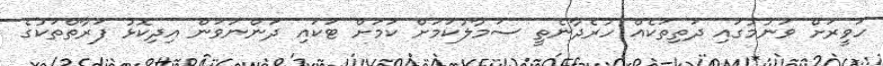
ހަވީރަށް ވަނުމުގައި ދަތިތަކެއް ހުރެދާނެތީ ސަމާލުކަމަށް ކަމަށް ޓަކައި ދަންނަވަން އިދިކޮޅު ފަރާތްތަކުގެ